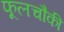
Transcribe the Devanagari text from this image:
फूलचौकी